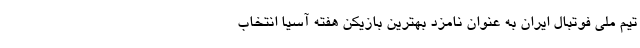
تیم ملی فوتبال ایران به عنوان نامزد بهترین بازیکن هفته آسیا انتخاب